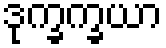
ဒုက္ခက္ခယာ